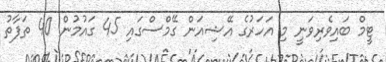
ޓީމް ބައިވެރިވަނީ މި އަހަރުގެ އޭޝިއަން ގޭމްސްގައި 45 ގައުމުން 40 ތަފާތު